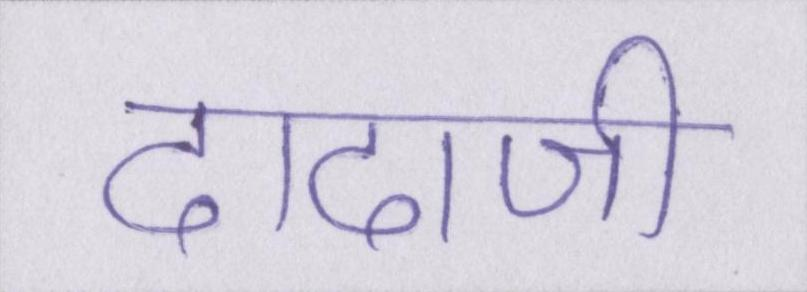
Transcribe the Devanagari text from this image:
दादाजी